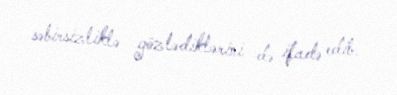
səbirsizliklə gözlədiklərini də ifadə edib.